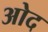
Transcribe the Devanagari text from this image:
ओद